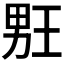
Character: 𰣉